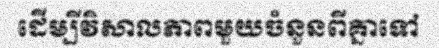
ដើម្បីវិសាលភាពមួយចំនួនពីគ្នាទៅ